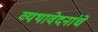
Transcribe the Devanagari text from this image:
व्यथावेदनांचे